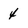
Character: 4